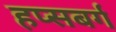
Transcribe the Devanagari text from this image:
हप्सबर्ग